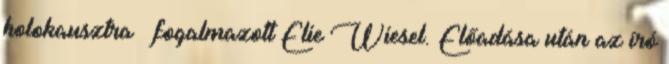
holokausztra – fogalmazott Elie Wiesel. Előadása után az író